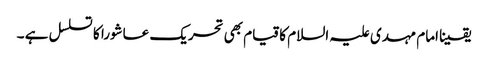
یقینا امام مہدی علیہ السلام کا قیام بھی تحریک عاشورا کا تسلسل ہے ۔